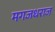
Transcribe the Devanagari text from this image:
मगजधराज